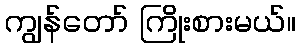
ကျွန်တော် ကြိုးစားမယ်။